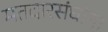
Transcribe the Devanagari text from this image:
मतदारसंघांना